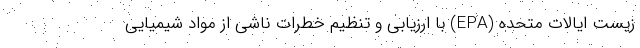
زیست ایالات متحده (EPA) با ارزیابی و تنظیم خطرات ناشی از مواد شیمیایی